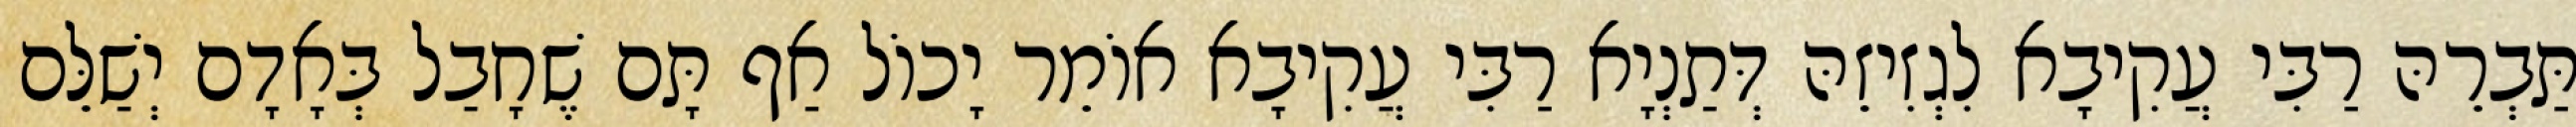
תַּבְרֵהּ רַבִּי עֲקִיבָא לִגְזִיזֵהּ דְּתַנְיָא רַבִּי עֲקִיבָא אוֹמֵר יָכוֹל אַף תָּם שֶׁחָבַל בְּאָדָם יְשַׁלֵּם